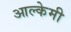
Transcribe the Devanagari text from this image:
आल्‍केमी